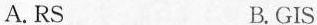
A.RS B.GIS